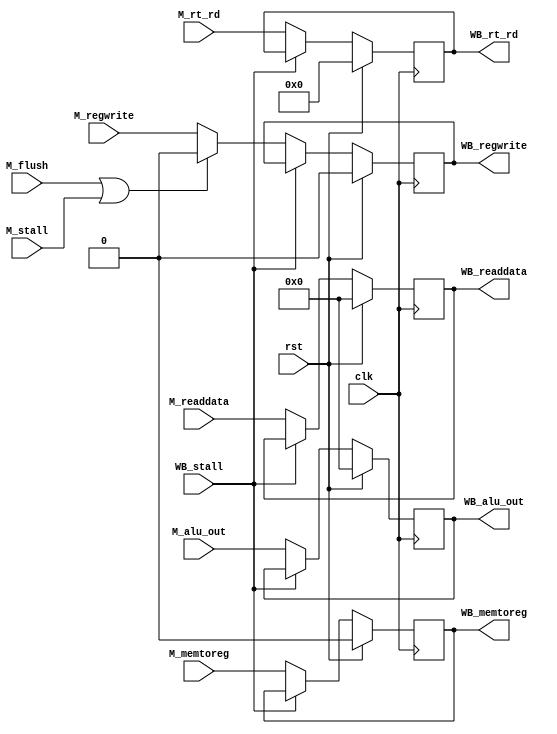
`timescale 1ns / 1ps
//////////////////////////////////////////////////////////////////////////////////
// Company: 
// Engineer: 
// 
// Design Name: 
// Module Name:    MEM_stage 
// Project Name: 
// Target Devices: 
// Tool versions: 
// Description: 
//
// Dependencies: 
//
// Revision: 
// Revision 0.01 - File Created
// Additional Comments: 
//
//////////////////////////////////////////////////////////////////////////////////
module MEM_stage(/*AUTOARG*/
    //Inputs
    clk, rst, M_flush, M_stall, WB_stall, M_regwrite, 
    M_memtoreg, M_alu_out, M_rt_rd, M_readdata,

    //Outputs
    WB_regwrite, WB_memtoreg, WB_alu_out, WB_rt_rd,WB_readdata);
    input   clk;
    input   rst;
    input   M_flush;
    input   M_stall;
    input   WB_stall;
    input   M_regwrite;
    input   M_memtoreg;
    input   [31:0]  M_alu_out;
    input   [31:0]  M_readdata;
    input   [4:0]   M_rt_rd;

    output  reg WB_regwrite;
    output  reg WB_memtoreg;
    output  reg [31:0]  WB_readdata;
    output  reg [31:0]  WB_alu_out;
    output  reg [4:0]   WB_rt_rd;

    always @(posedge clk) begin
        WB_regwrite  <= rst ? 0     : (WB_stall ? WB_regwrite : ((M_flush | M_stall ) ? 0 : M_regwrite));
        WB_memtoreg  <= rst ? 0     : (WB_stall ? WB_memtoreg : M_memtoreg);
        WB_alu_out   <= rst ? 32'b0 : (WB_stall ? WB_alu_out  : M_alu_out);
        WB_readdata  <= rst ? 32'b0 : (WB_stall ? WB_readdata : M_readdata);
        WB_rt_rd     <= rst ? 5'b0  : (WB_stall ? WB_rt_rd    : M_rt_rd);
    end

endmodule